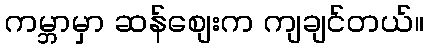
ကမ္ဘာမှာ ဆန်စျေးက ကျချင်တယ်။